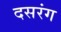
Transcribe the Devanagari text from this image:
दसरंग